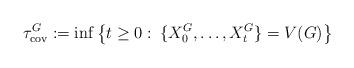
LaTeX: \begin{align*}\tau_{\rm cov}^G:=\inf\left\{t\geq 0:\:\{X_0^G,\dots,X_t^G\}=V(G)\right\}\end{align*}